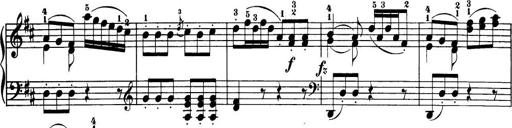
Title: 32 Sonatinas and Rondos for the Piano
Composer: Richard Kleinmichel